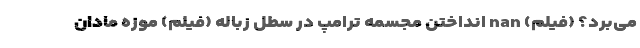
می‌برد؟ (فیلم) nan انداختن مجسمه ترامپ در سطل زباله (فیلم) موزه مادان